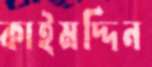
কাইমদ্দিন